Madras plague regulations and rules for the inspection of inward and outward bound vessels - Volume 2
Disease focus: Plague
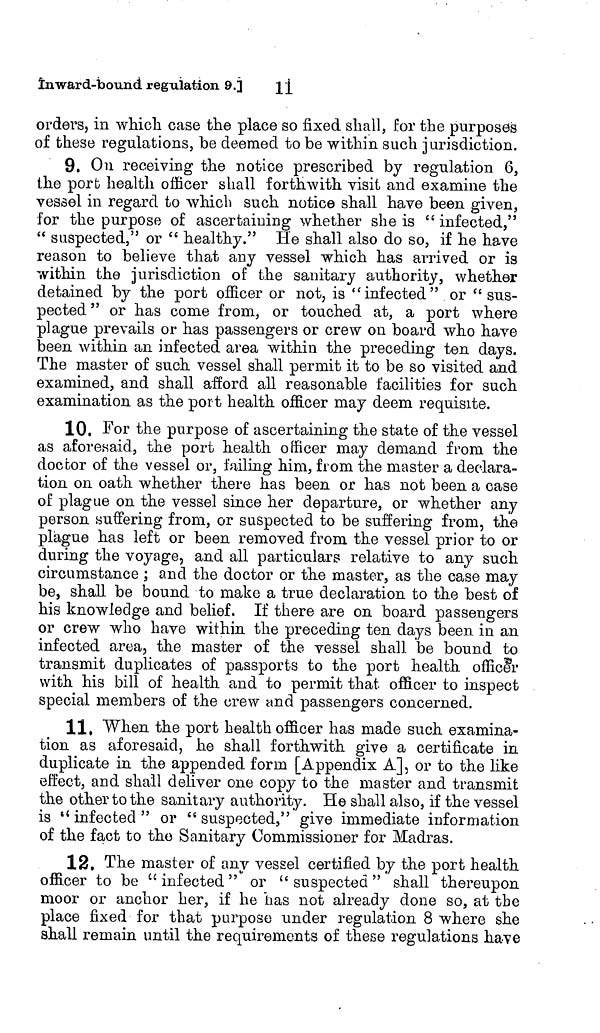
11
Inward-bound regulation 9.]
orders, in which case the place so fixed shall, for the purposes
of these regulations, be deemed to be within such jurisdiction.
9. On receiving the notice prescribed by regulation 6,
the port health officer shall forthwith, visit and examine the
vessel in regard to which such notice shall have been given,
for the purpose of ascertaining whether she is " infected,"
" suspected," or " healthy." He shall also do so, if he have
reason to believe that any vessel which has arrived or is
within the jurisdiction of the sanitary authority, whether
detained by the port officer or not, is "infected" or " sus-
pected " or has come from, or touched at, a port where
plague prevails or has passengers or crew on board who have
been within an infected area within the preceding ten days.
The master of such vessel shall permit it to be so visited and
examined, and shall afford all reasonable facilities for such
examination as the port health officer may deem requisite.
10. For the purpose of ascertaining the state of the vessel
as aforesaid, the port health officer may demand from the
doctor of the vessel or, failing him, from the master a declara-
tion on oath whether there has been or has not been a case
of plague on the vessel since her departure, or whether any
person suffering from, or suspected to be suffering from, the
plague has left or been removed from the vessel prior to or
during the voyage, and all particulars relative to any such
circumstance ; and the doctor or the master, as the case may
be, shall be bound to make a true declaration to the best of
his knowledge and belief. If there are on board passengers
or crew who have within the preceding ten days been in an
infected area, the master of the vessel shall be bound to
transmit duplicates of passports to the port health officer
with his bill of health and to permit that officer to inspect
special members of the crew and passengers concerned.
11. When the port health officer has made such examina-
tion as aforesaid, he shall forthwith give a certificate in
duplicate in the appended form [Appendix A], or to the like
effect, and shall deliver one copy to the master and transmit
the other to the sanitary authority. He shall also, if the vessel
is "infected" or "suspected," give immediate information
of the fact to the Sanitary Commissioner for Madras.
12. The master of any vessel certified by the port health
officer to be "infected" or "suspected" shall thereupon
moor or anchor her, if he has not already done so, at the
place fixed for that purpose under regulation 8 where she
shall remain until the requirements of these regulations have